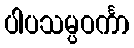
ပါပသမ္ပဝင်္ကာ